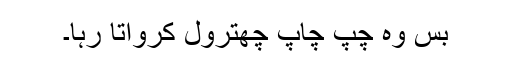
بس وہ چپ چاپ چھترول کرواتا رہا۔